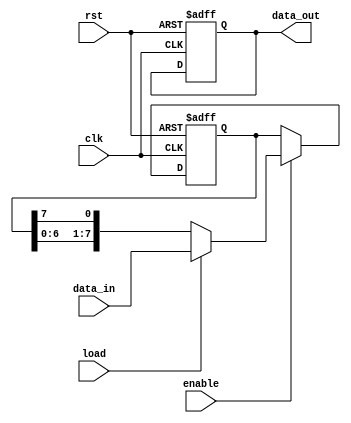
module piso_register (
    input wire clk,
    input wire rst,
    input wire enable,
    input wire load,
    input wire [7:0] data_in,
    output reg data_out
);

reg [7:0] register;

always @(posedge clk or posedge rst) begin
    if (rst) begin
        register <= 8'b0;
        data_out <= 1'b0;
    end else if (enable) begin
        if (load) begin
            register <= data_in;
        end else begin
            register <= {register[6:0], register[7]};
        end
    end
end

assign data_out = register[0];

endmodule